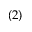
( 2 )